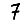
Digit: 7